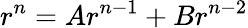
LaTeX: r^{n}=Ar^{n-1}+Br^{n-2}